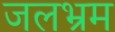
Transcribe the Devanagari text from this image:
जलभ्रम